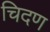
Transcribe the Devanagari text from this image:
चिदण